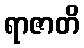
ရာဇာတိ